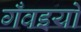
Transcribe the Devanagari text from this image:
गँवइयों